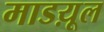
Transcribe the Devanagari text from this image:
माडय़ूल